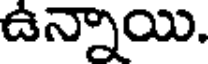
ఉన్నాయి.